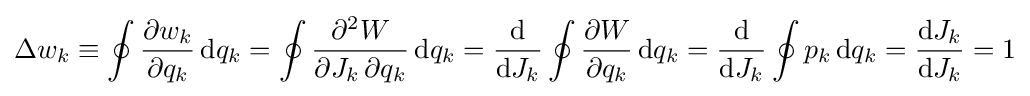
\Delta w_{k}\equiv \oint {\frac {\partial w_{k}}{\partial q_{k}}}\,\mathrm {d} q_{k}=\oint {\frac {\partial ^{2}W}{\partial J_{k}\,\partial q_{k}}}\,\mathrm {d} q_{k}={\frac {\mathrm {d} }{\mathrm {d} J_{k}}}\oint {\frac {\partial W}{\partial q_{k}}}\,\mathrm {d} q_{k}={\frac {\mathrm {d} }{\mathrm {d} J_{k}}}\oint p_{k}\,\mathrm {d} q_{k}={\frac {\mathrm {d} J_{k}}{\mathrm {d} J_{k}}}=1